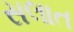
સલાત